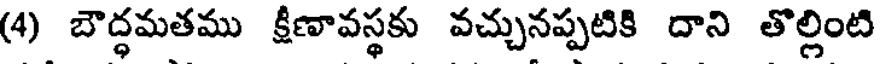
(4) బౌద్ధమతము క్షీణావస్థకు వచ్చునప్పటికి దాని తొల్లింటి